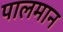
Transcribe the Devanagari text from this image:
पालमान